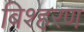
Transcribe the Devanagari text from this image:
बिश्हरण